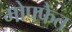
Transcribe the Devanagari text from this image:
मोफ्फेत